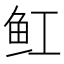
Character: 𫚉